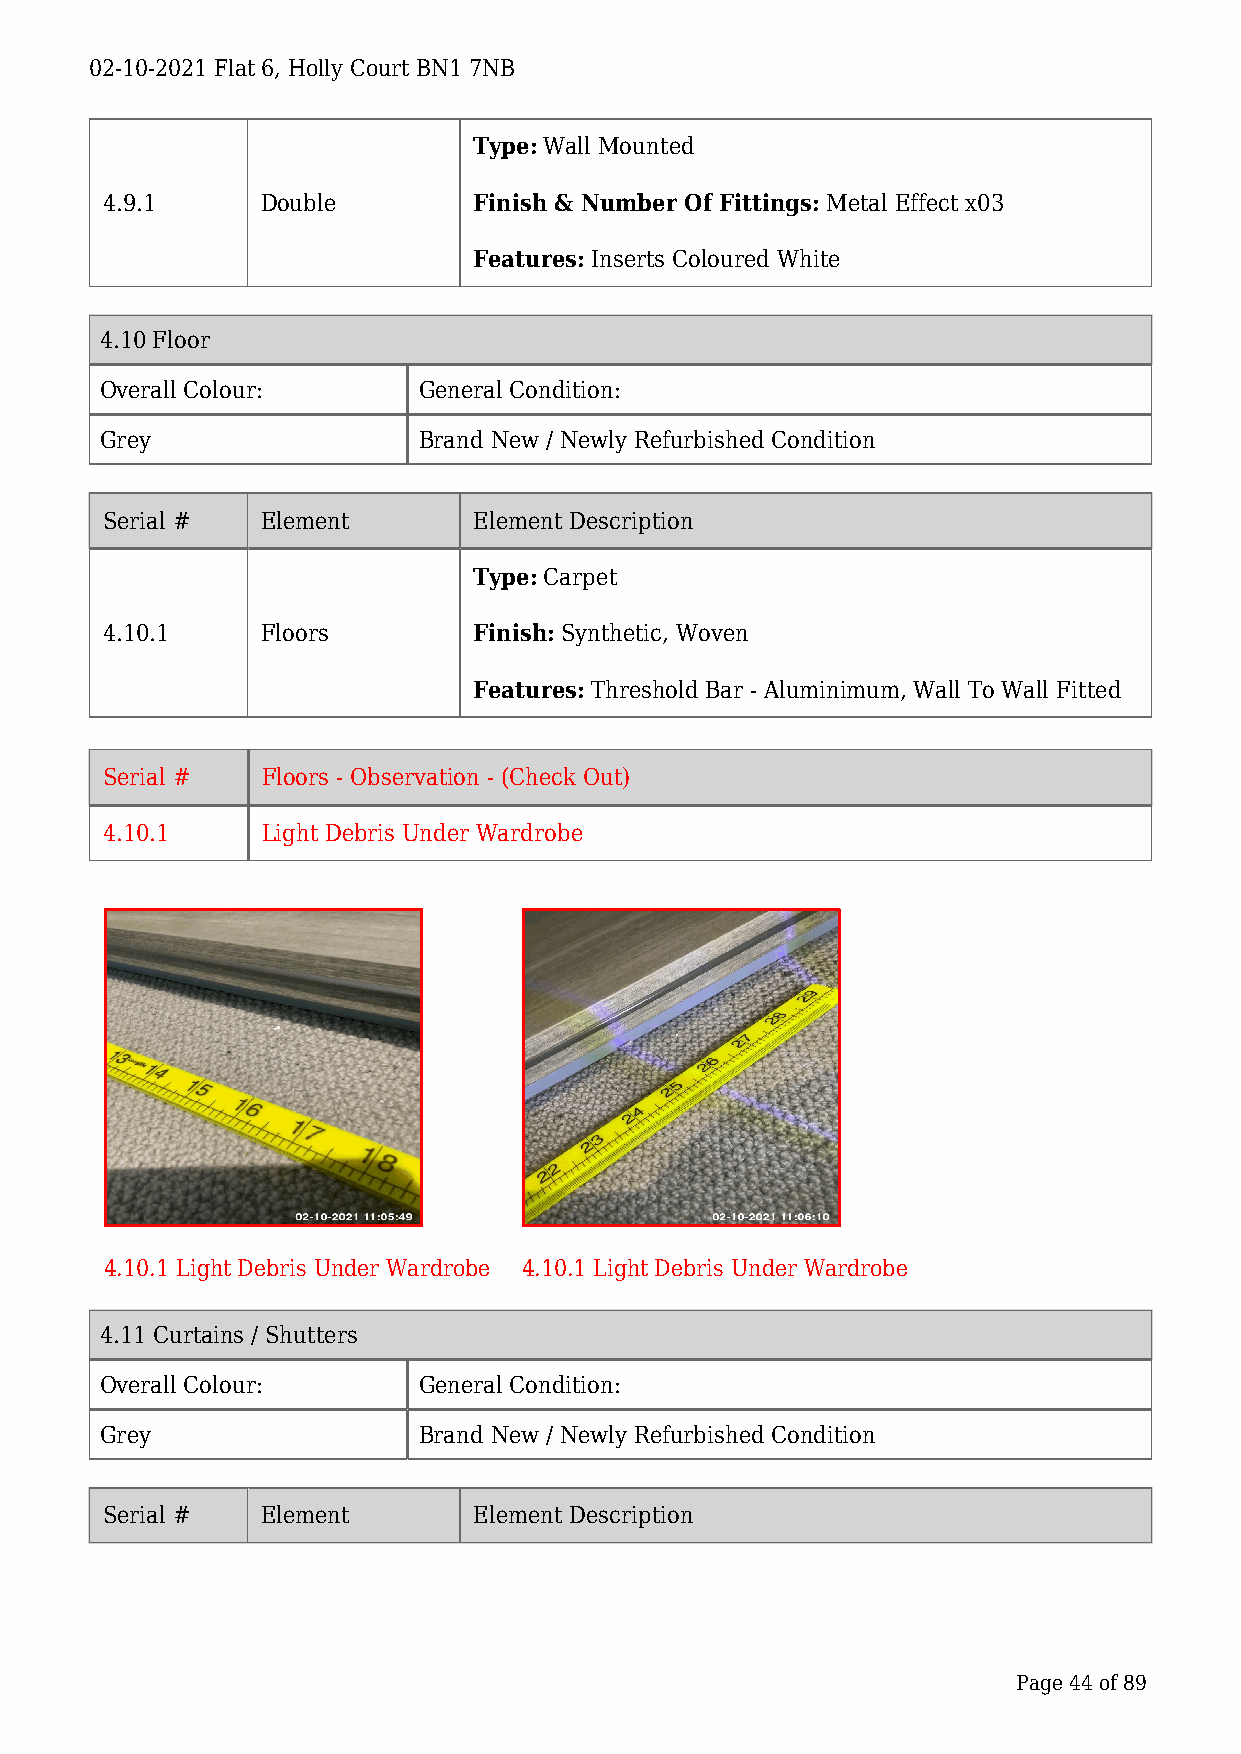
02-10-2021 Flat 6, Holly Court BN1 7NB
 Type: Wall Mounted
 4.9.1     Double        Finish & Number Of Fittings: Metal Effect x03
 Features: Inserts Coloured White
 4.10 Floor
 Overall Colour:      General Condition:
 Grey                 Brand New / Newly Refurbished Condition
 Serial #  Element       Element Description
 Type: Carpet
 4.10.1    Floors        Finish: Synthetic, Woven
 Features: Threshold Bar - Aluminimum, Wall To Wall Fitted
 Serial #  Floors - Observation - (Check Out)
 4.10.1    Light Debris Under Wardrobe
 4.10.1 Light Debris Under Wardrobe 4.10.1 Light Debris Under Wardrobe
 4.11 Curtains / Shutters
 Overall Colour:      General Condition:
 Grey                 Brand New / Newly Refurbished Condition
 Serial #  Element       Element Description
 Page 44 of 89